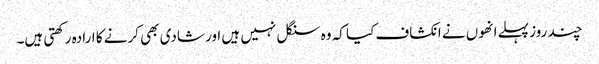
چند روز پہلے انھوں نے انکشاف کیا کہ وہ سنگل نہیں ہیں اور شادی بھی کرنے کا ارادہ رکھتی ہیں۔